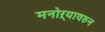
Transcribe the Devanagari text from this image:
मनोऱ्यावरुन